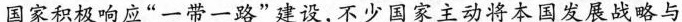
国家积极响应”一带一路”建设，不少国家主动将本国发展战略与